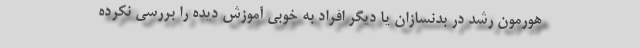
هورمون رشد در بدنسازان یا دیگر افراد به خوبی آموزش دیده را بررسی نکرده